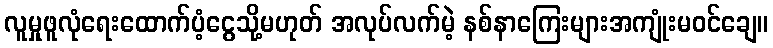
လူမှုဖူလုံရေးထောက်ပံ့ငွေသို့မဟုတ် အလုပ်လက်မဲ့ နစ်နာကြေးများအကျုံးမဝင်ချေ။